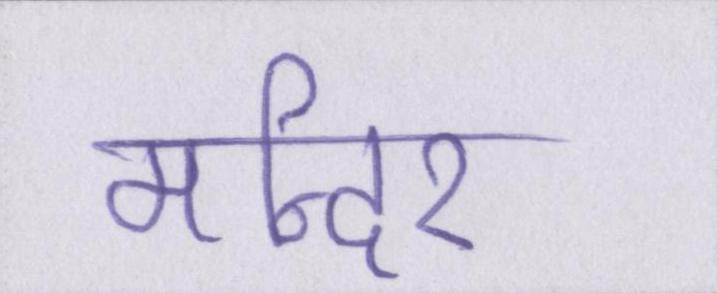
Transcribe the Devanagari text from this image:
मन्दिर